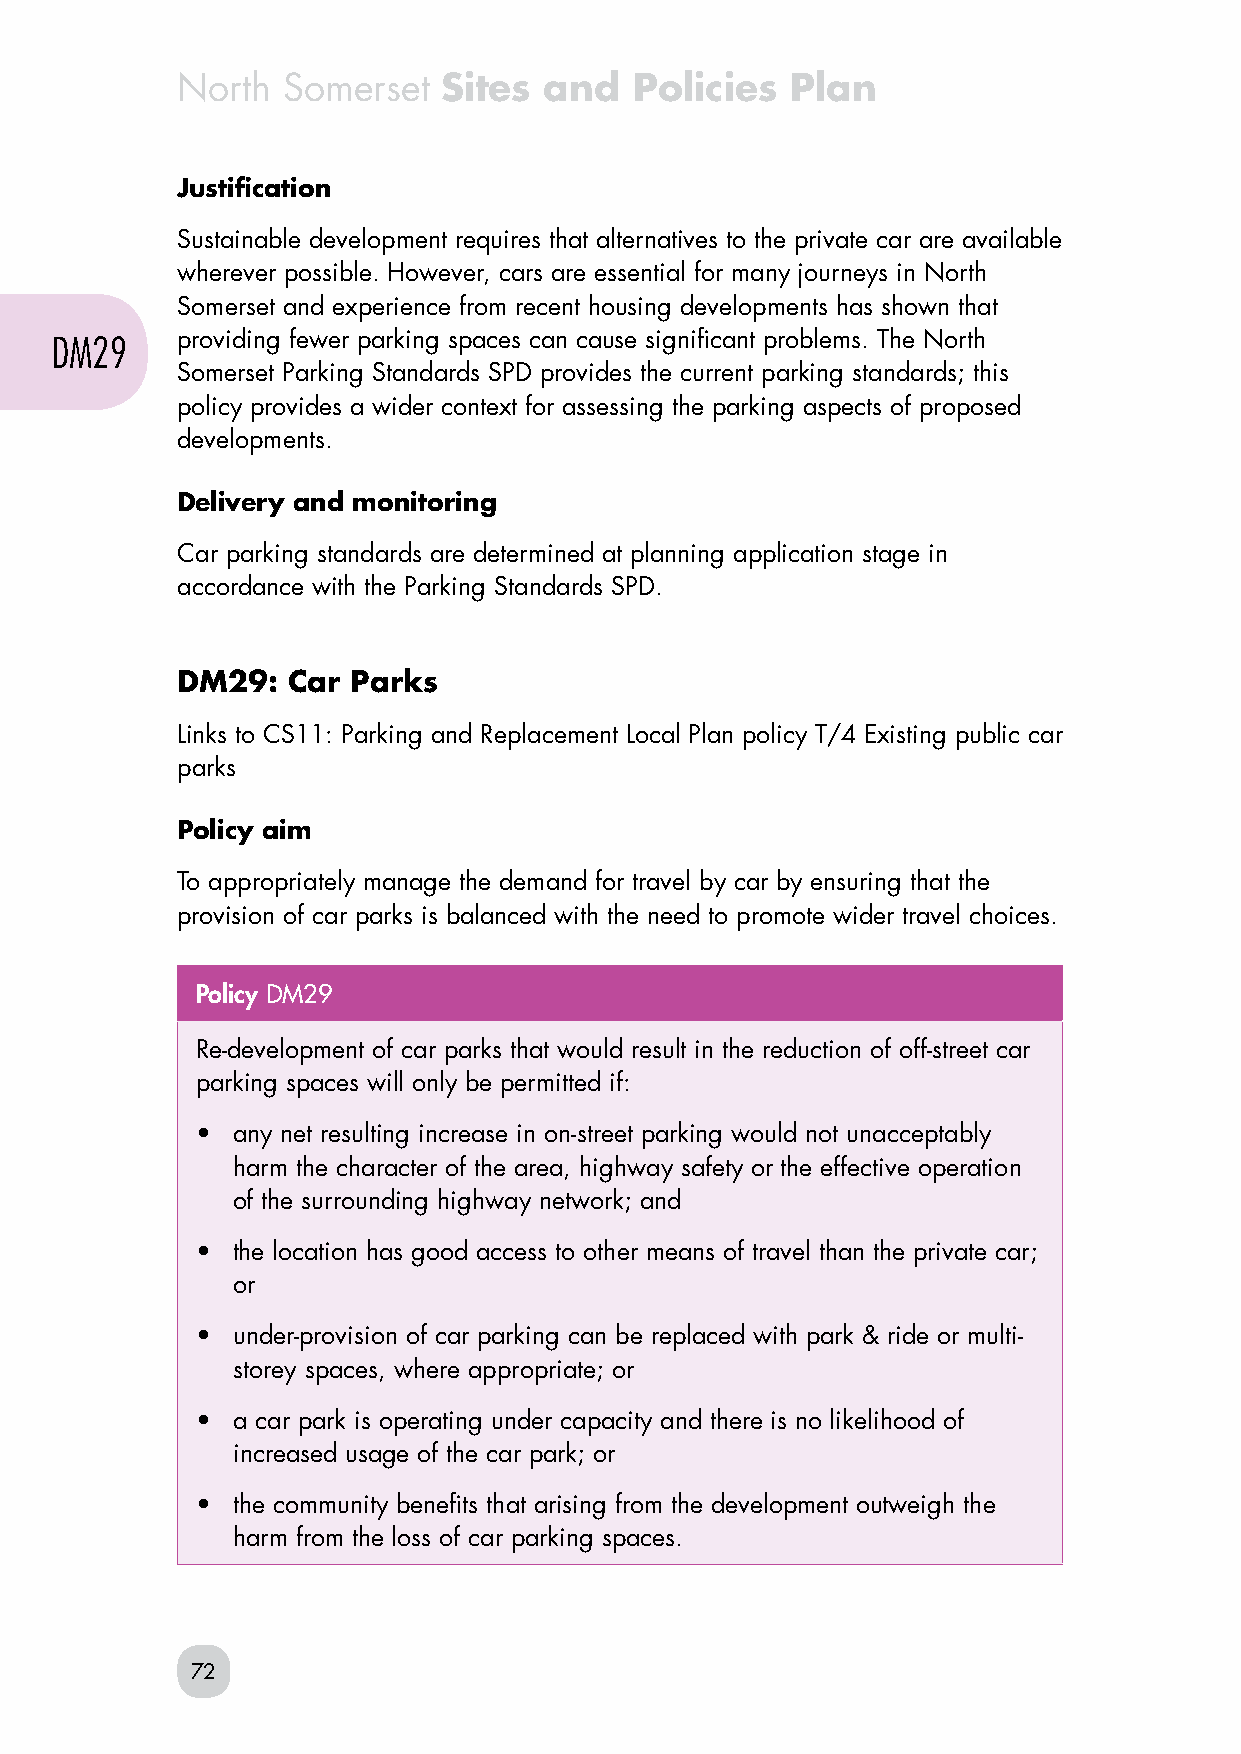
North  Somerset  Sites  and   Policies  Plan
 Justification
 Sustainable development requires that alternatives to the private car are available
 wherever possible. However, cars are essential for many journeys in North
 Somerset and experience from recent housing developments has shown that
 DM29     providing fewer parking spaces can cause significant problems. The North
 Somerset Parking Standards SPD provides the current parking standards; this
 policy provides a wider context for assessing the parking aspects of proposed
 developments.
 Delivery and monitoring
 Car parking standards are determined at planning application stage in
 accordance with the Parking Standards SPD.
 DM29:  Car Parks
 Links to CS11: Parking and Replacement Local Plan policy T/4 Existing public car
 parks
 Policy aim
 To appropriately manage the demand for travel by car by ensuring that the
 provision of car parks is balanced with the need to promote wider travel choices.
 Policy DM29
 Re-development of car parks that would result in the reduction of off-street car
 parking spaces will only be permitted if:
 • any net resulting increase in on-street parking would not unacceptably
 harm the character of the area, highway safety or the effective operation
 of the surrounding highway network; and
 • the location has good access to other means of travel than the private car;
 or
 • under-provision of car parking can be replaced with park & ride or multi-
 storey spaces, where appropriate; or
 • a car park is operating under capacity and there is no likelihood of
 increased usage of the car park; or
 • the community benefits that arising from the development outweigh the
 harm from the loss of car parking spaces.
 72